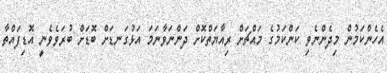
އެހެންކަމުން މިދެންނެވި ކަންކަމުގެ މައްޗަށް ރިއާޔަތްކޮށް ދަންނަވާނަމަ އަޅުގަނޑަށް ބޮޑަށް ބުރަވެވެނީ އޮޑިފައްތާ